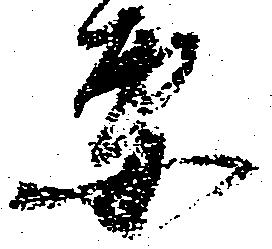
要